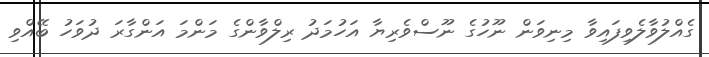
ގެއްލުވާލެވިފައިވާ މިނިވަން ނޫހުގެ ނޫސްވެރިޔާ އަހުމަދު ރިލްވާންގެ މަންމަ އަންގާރަ ދުވަހު ބޭއްވި